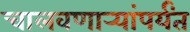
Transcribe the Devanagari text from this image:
चालवणार्‍यांपर्यंत